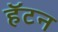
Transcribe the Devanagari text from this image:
हॅटन